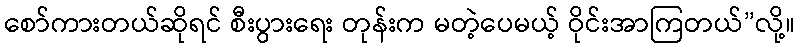
စော်ကားတယ်ဆိုရင် စီးပွားရေး တုန်းက မတဲ့ပေမယ့် ဝိုင်းအာကြတယ်”လို့။